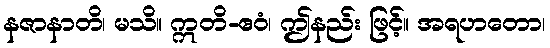
နဇာနာတိ၊ မသိ။ ဣတိ-ဧဝံ၊ ဤနည်း ဖြင့်။ အရဟတော၊